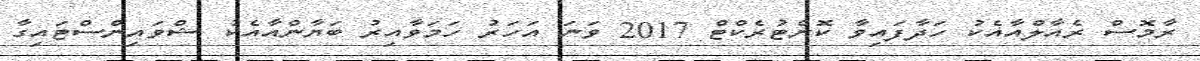
ރާމޮސް ރެއާލްއާއެކު ހަދާފައިވާ ކޮންޓުރެކްޓް 2017 ވަނަ އަހަރު ހަމަވާއިރު ބަޔާންއާއެކު ޝްވައިންސްޓައިގާ